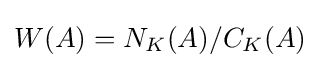
W(A)=N_{K}(A)/C_{K}(A)